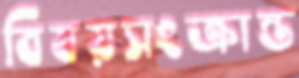
বিষয়সংক্রান্ত